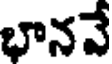
భానవే